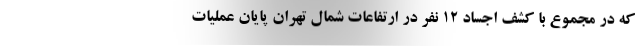
که در مجموع با کشف اجساد ۱۲ نفر در ارتفاعات شمال تهران پایان عملیات